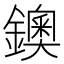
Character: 鐭